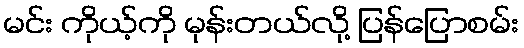
မင်း ကိုယ့်ကို မုန်းတယ်လို့ ပြန်ပြောစမ်း